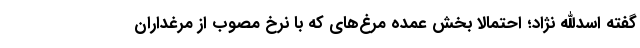
گفته اسدالله نژاد؛ احتمالا بخش عمده مرغ‌های که با نرخ مصوب از مرغداران